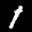
Label: 1